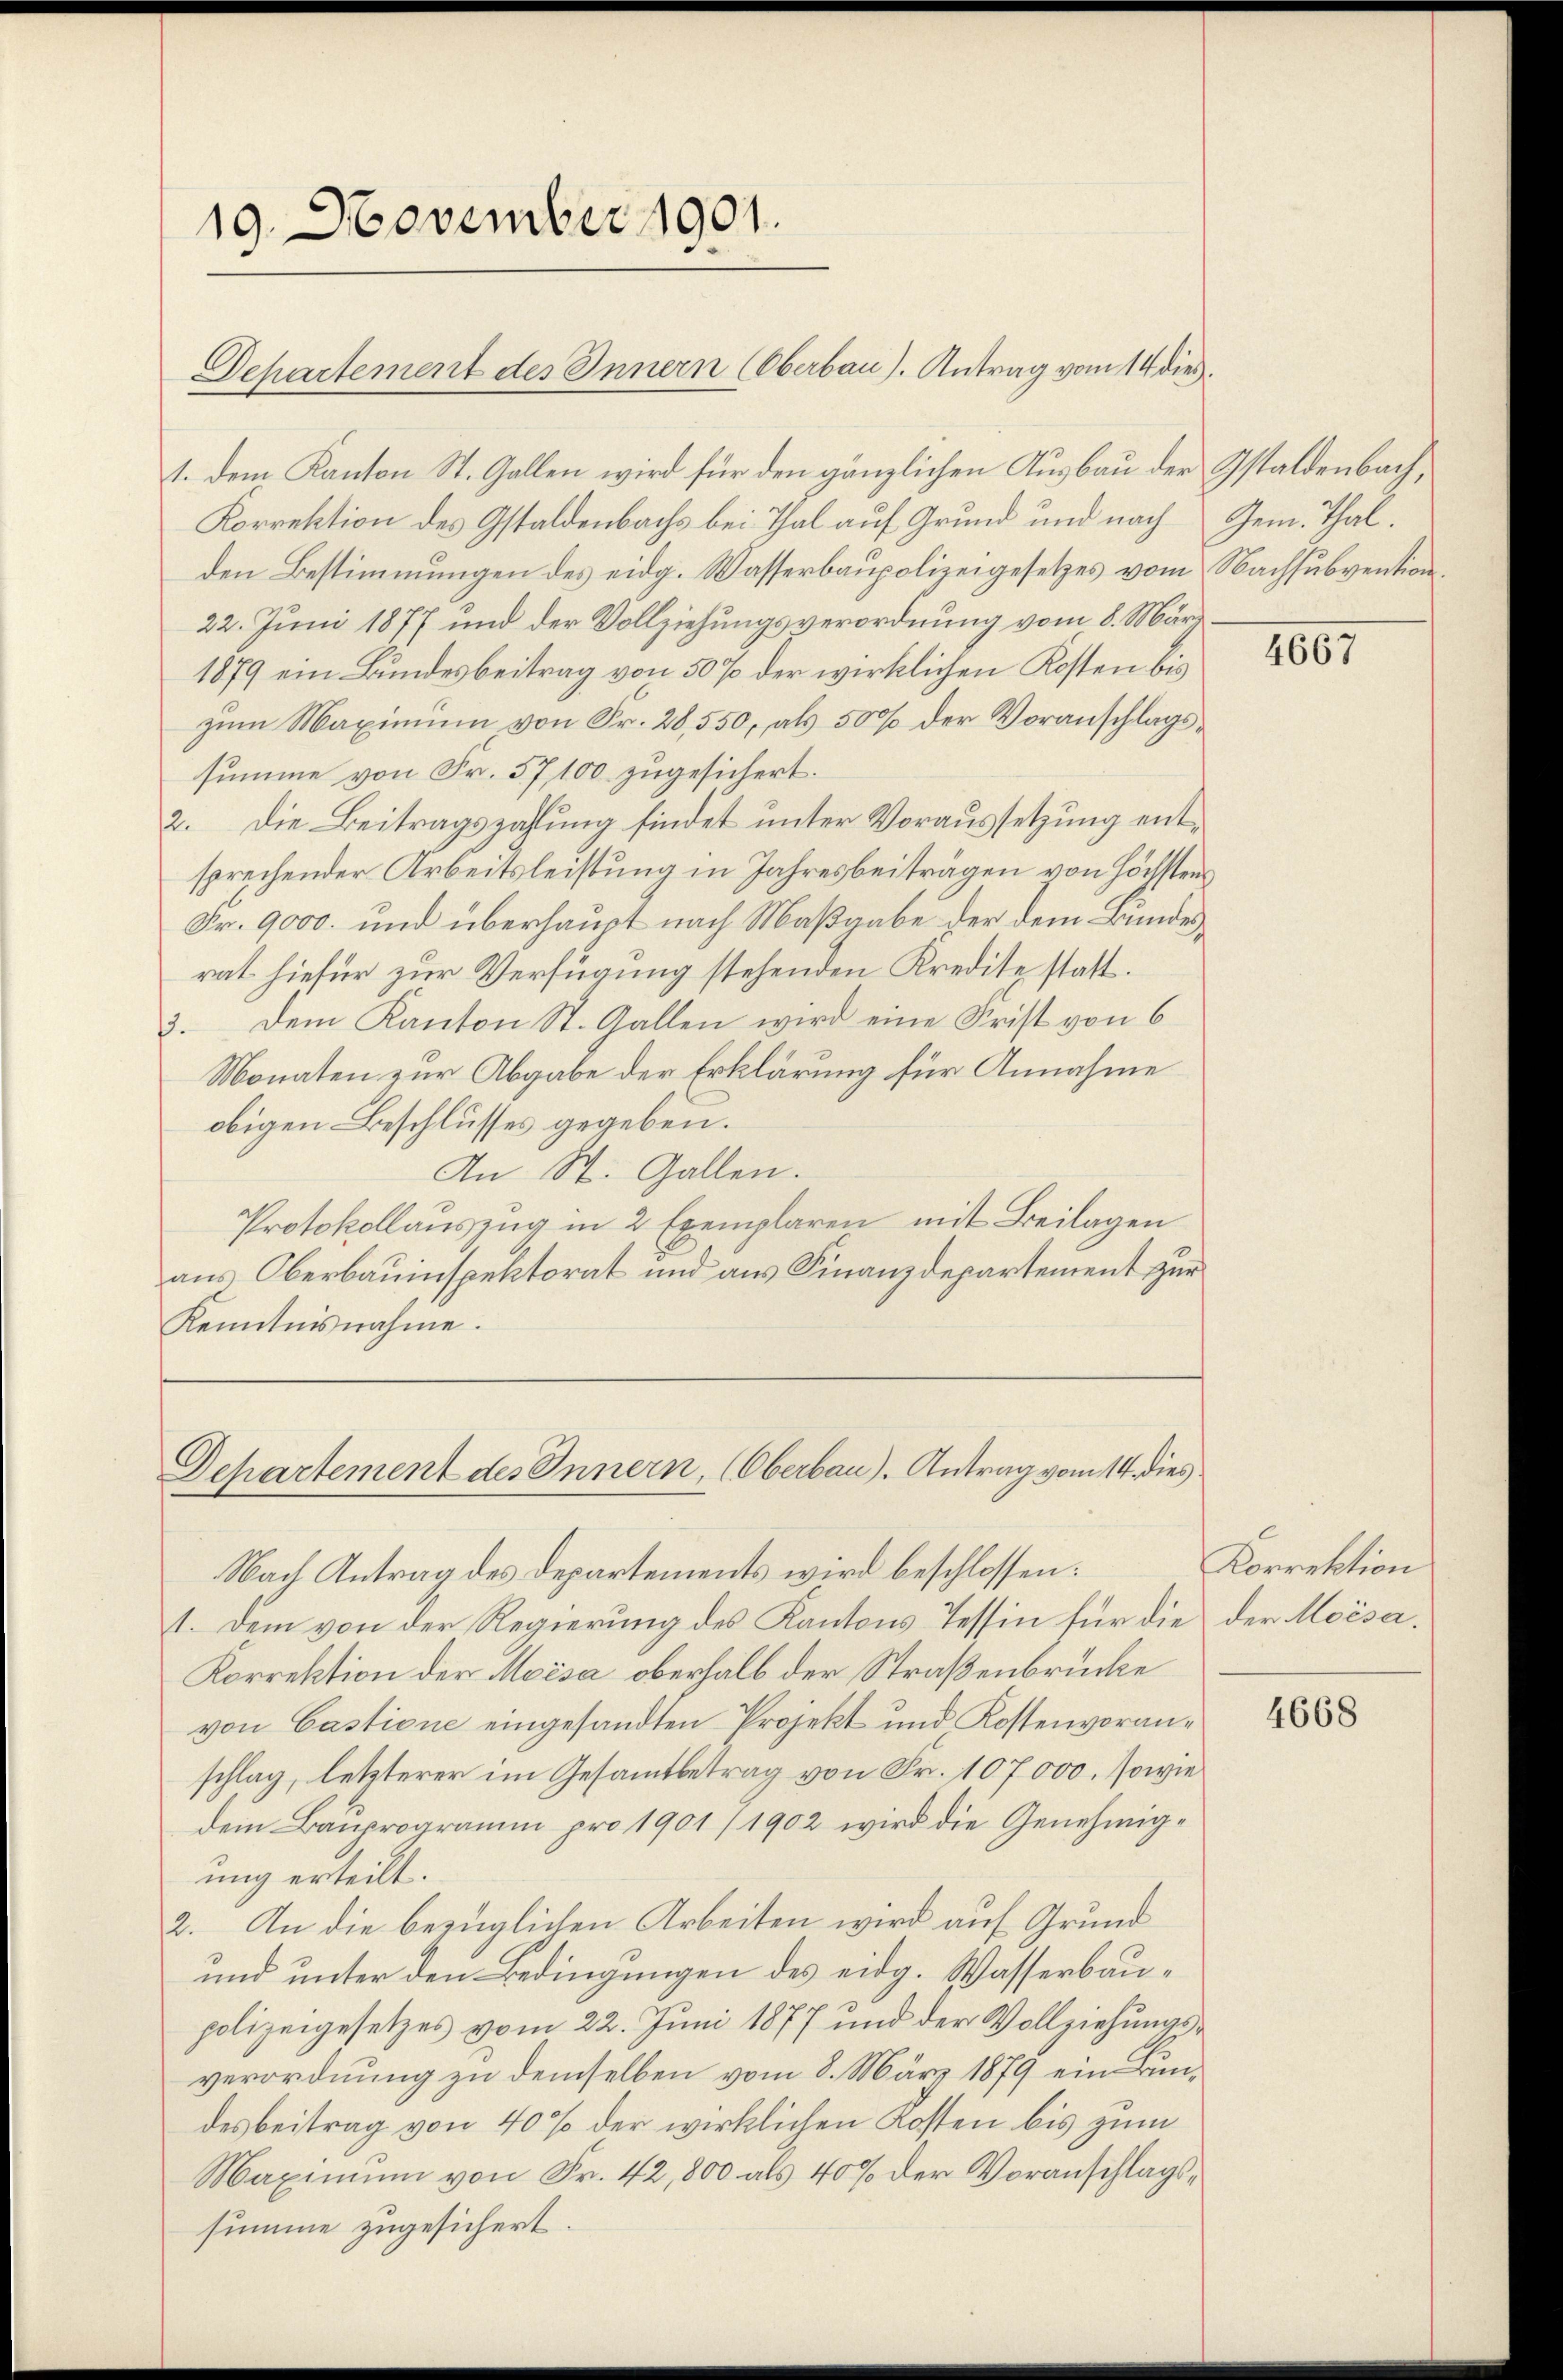
19. November 1901.

Dehartement des Innern (Oberbau). Antrag vom 14 dies

Departement des Innern, (Oberbau). Antrag vom 14. dies

1. dem Kanton St. Gallen wird für den gänzlichen Ausbau der Gstaldenbach,
Korrektion des Gstaldenbachs bei Thal auf Grund und nach Gem. Thal.
den Bestimmungen des eidg. Wasserbaupolizeigesetzes vom
22. Juni 1877 und der Vollziehungsverordnung vom 8. März
1879 ein Bundesbeitrag von 50 % der wirklichen Kosten bis
zum Maximum von Fr. 20,550, als 500 der Voranschlagssumme von Fr. 57,100 zugesichert.
2. Die Beitragszahlung findet unter Voraussetzung entsprechender Arbeitsleistung in Jahresbeiträgen von höchsten
Fr. 9000. und überhaupt nach Maßgabe der dem Bundesrat hiefür zur Verfügung stehenden Kredite statt.
3. Dem Kanton St. Gallen wird eine Frist von 6
Monaten zur Abgabe der Erklärung für Annahme
obigen Beschlusses gegeben.
An St. Gallen.
Protokollauszug in 2 Exemplaren mit Beilagen
aus Oberbauinspektorat und aus Finanzdepartement zur
Kenntnisnahme.

Nach Antrag des Departements wird beschlossen:
1. Dem von der Regierung des Kantons Tessin für die
Korrektion der Moisa oberhalb der Straßenbrücke
von Castione eingesandten Projekt und Kostenvoranschlag, letzterer im Gesamtbetrag von Fr. 107000. sowie
dem Bauprogramm pro 1901/1902 wird die Genehmigung erteilt.
2. An die bezüglichen Arbeiten wird auf Grund
und unter den Bedingungen des eidg. Wasserbaupolizeigesetzes vom 22. Juni 1877 und der Vollziehungsverordnung zu demselben vom 8. März 1879 ein Bundesbeitrag von 40% der wirklichen Kosten bis zum
Maximum von Fr. 42,800 als 40% der Voranschlagssumme zugesichert.

Nachsubvention

4667

Korrektion
der Moisa.

4668